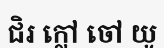
ជិរ ក្លៅ ចៅ យូ